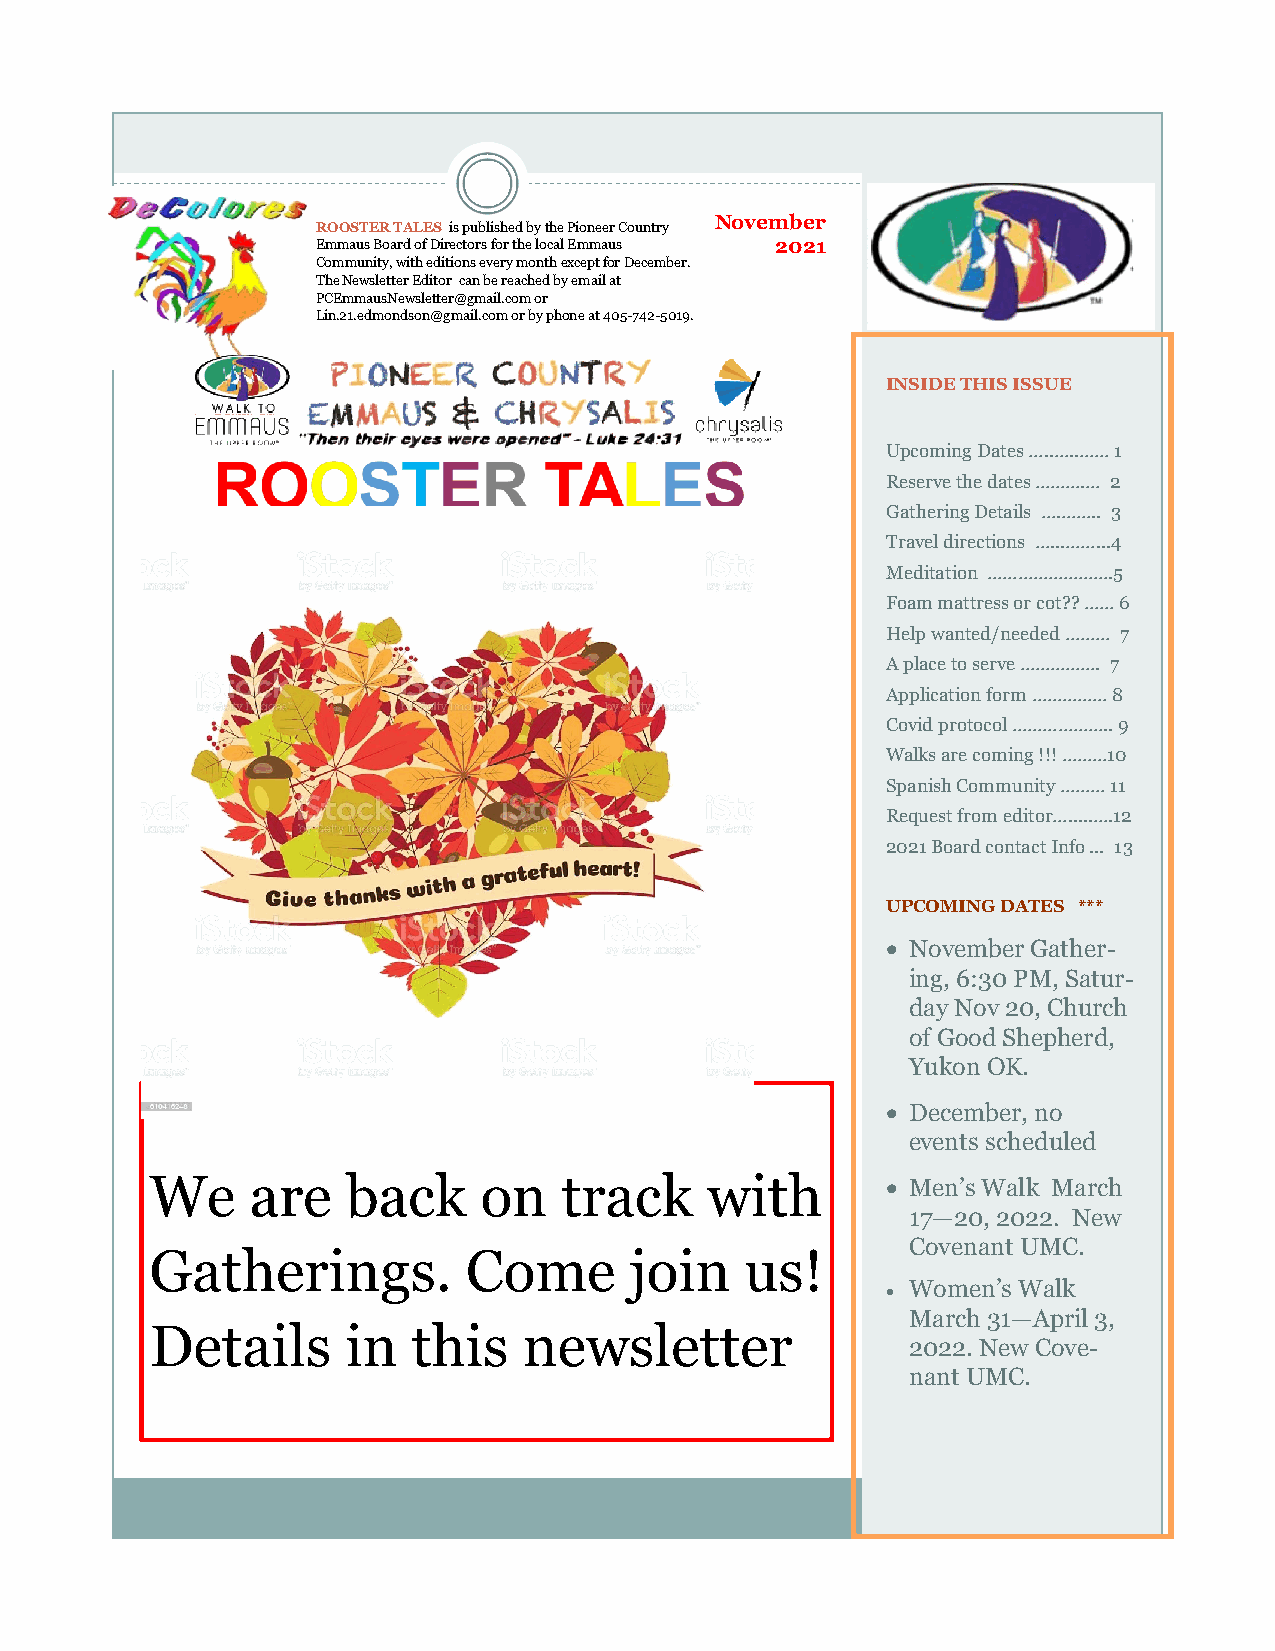
November
 ROOSTER TALES is published by the Pioneer Country
 Emmaus Board of Directors for the local Emmaus 2021
 Community, with editions every month except for December.
 The Newsletter Editor can be reached by email at
 PCEmmausNewsletter@gmail.com or
 Lin.21.edmondson@gmail.com or by phone at 405-742-5019.
 INSIDE THIS ISSUE
 Upcoming Dates …..…..…… 1
 Reserve the dates ……….… 2
 Gathering Details ….…….. 3
 Travel directions …...……...4
 Meditation …………………….5
 Foam mattress or cot?? …… 6
 Help wanted/needed ……… 7
 A place to serve ……………. 7
 Application form …………… 8
 Covid protocol ……………….. 9
 Walks are coming !!! ………10
 Spanish Community ……… 11
 Request from editor….....….12
 2021 Board contact Info ... 13
 UPCOMING DATES ***
 • November Gather-
 ing, 6:30 PM, Satur-
 day Nov 20, Church
 of Good Shepherd,
 Yukon OK.
 • December, no
 events scheduled
 We     are   back     on   track     with        • Men’s Walk March
 17—20, 2022. New
 Covenant UMC.
 Gatherings.          Come       join   us!
 • Women’s Walk
 March 31—April 3,
 Details      in  this    newsletter
 2022. New Cove-
 nant UMC.